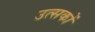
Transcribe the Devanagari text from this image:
उत्सकों